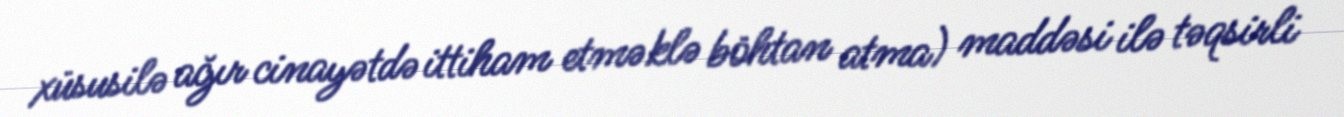
xüsusilə ağır cinayətdə ittiham etməklə böhtan atma) maddəsi ilə təqsirli